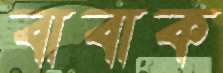
বাবাক